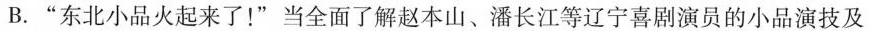
B.”东北小品火起来了！”当全面了解赵本山、潘长江等辽宁喜剧演员的小品演技及